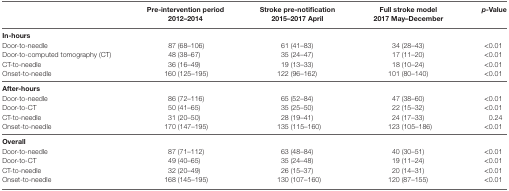
<table><thead><tr><td>[EMPTY_CELL]</td><td><b>Pre-intervention period 2012–2014</b></td><td><b>Stroke pre-notification 2015–2017 April</b></td><td><b>Full stroke model 2017 May–December</b></td><td><b><i>p-</i>Value</b></td></tr></thead><tbody><tr><td><b>In-hours</b></td><td>[EMPTY_CELL]</td><td>[EMPTY_CELL]</td><td>[EMPTY_CELL]</td><td>[EMPTY_CELL]</td></tr><tr><td>Door-to-needle</td><td>87 (68–106)</td><td>61 (41–83)</td><td>34 (28–43)</td><td>&lt;0.01</td></tr><tr><td>Door-to-computed tomography (CT)</td><td>48 (38–67)</td><td>35 (24–47)</td><td>17 (11–20)</td><td>&lt;0.01</td></tr><tr><td>CT-to-needle</td><td>36 (16–49)</td><td>19 (13–33)</td><td>18 (10–24)</td><td>&lt;0.01</td></tr><tr><td>Onset-to-needle</td><td>160 (125–195)</td><td>122 (96–162)</td><td>101 (80–140)</td><td>&lt;0.01</td></tr><tr><td><b>After-hours</b></td><td>[EMPTY_CELL]</td><td>[EMPTY_CELL]</td><td>[EMPTY_CELL]</td><td>[EMPTY_CELL]</td></tr><tr><td>Door-to-needle</td><td>86 (72–116)</td><td>65 (52–84)</td><td>47 (38–60)</td><td>&lt;0.01</td></tr><tr><td>Door-to-CT</td><td>50 (41–65)</td><td>35 (25–50)</td><td>22 (15–32)</td><td>&lt;0.01</td></tr><tr><td>CT-to-needle</td><td>31 (20–50)</td><td>28 (19–41)</td><td>24 (17–33)</td><td>0.24</td></tr><tr><td>Onset-to-needle</td><td>170 (147–195)</td><td>135 (115–160)</td><td>123 (105–186)</td><td>&lt;0.01</td></tr><tr><td><b>Overall</b></td><td>[EMPTY_CELL]</td><td>[EMPTY_CELL]</td><td>[EMPTY_CELL]</td><td>[EMPTY_CELL]</td></tr><tr><td>Door-to-needle</td><td>87 (71–112)</td><td>63 (48–84)</td><td>40 (30–51)</td><td>&lt;0.01</td></tr><tr><td>Door-to-CT</td><td>49 (40–65)</td><td>35 (24–48)</td><td>19 (11–24)</td><td>&lt;0.01</td></tr><tr><td>CT-to-needle</td><td>32 (20–49)</td><td>26 (15–37)</td><td>20 (14–31)</td><td>&lt;0.01</td></tr><tr><td>Onset-to-needle</td><td>168 (145–195)</td><td>130 (107–160)</td><td>120 (87–155)</td><td>&lt;0.01</td></tr></tbody></table>